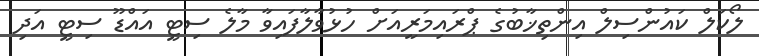
ލޯކަލް ކައުންސިލް އިންތިޚާބުގެ ޕްރައިމަރީއަށް ހުޅުވާލާފައިވާ މާލެ ސިޓީ އައްޑޫ ސިޓީ އަދި